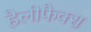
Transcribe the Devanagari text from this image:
हैलीफैक्स